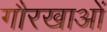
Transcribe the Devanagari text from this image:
गौरखाओं